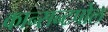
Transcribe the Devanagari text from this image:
कान्सन्टपोल